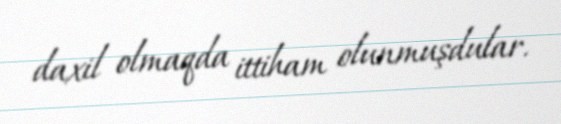
daxil olmaqda ittiham olunmuşdular.